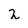
Character: 2